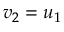
\ v _ { 2 } = u _ { 1 }